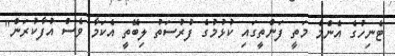
ޓެނިހުގެ އެންމެ މަތީ ފަންތީގައި ކުޅުމުގެ ފުރުސަތުު ލިބޭތީ އެކަމާ ވެސް އުފާކުރަން"